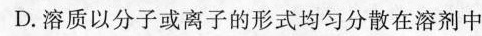
D.溶质以分子或离子的形式均匀分散在溶剂中